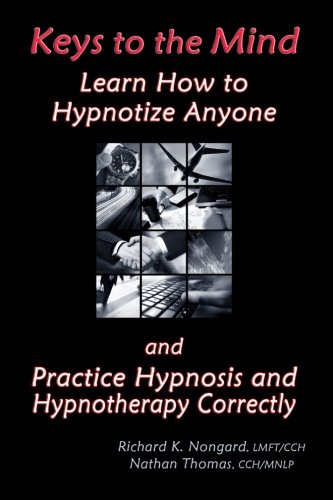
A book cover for Keys to the Mind, Learn How to Hypnotize Anyone and Practice Hypnosis and Hypnotherapy Correctly; Richard Nongard; Health, Fitness & Dieting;